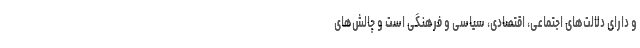
و دارای دلالت‌های اجتماعی، اقتصادی، سیاسی و فرهنگی است و چالش‌های